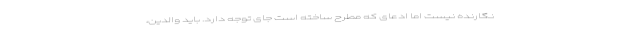
نگارنده نیست اما ادعای که مطرح ساخته است جای توجه دارد. باید والدین،